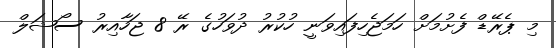
މި ޕެރޭޑް ފެށުމަށް ހަމަޖެހިފައިވަނީ ހުކުރު ދުވަހުގެ ރޭ 8 ޖަހާއިރު ސޯޝަލް